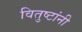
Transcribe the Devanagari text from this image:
वितुष्टांनी